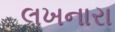
લખનારા